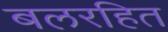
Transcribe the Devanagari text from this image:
बलरहित